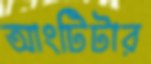
আংটিটার